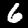
Label: 6